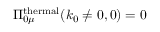
\Pi _ { 0 \mu } ^ { \mathrm { t h e r m a l } } ( k _ { 0 } \neq 0 , 0 ) = 0